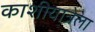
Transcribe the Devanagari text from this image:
काशीयात्रेला